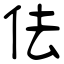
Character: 佉